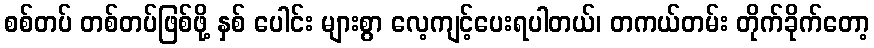
စစ်တပ် တစ်တပ်ဖြစ်ဖို့ နှစ် ပေါင်း များစွာ လေ့ကျင့်ပေးရပါတယ်၊ တကယ်တမ်း တိုက်ခိုက်တော့